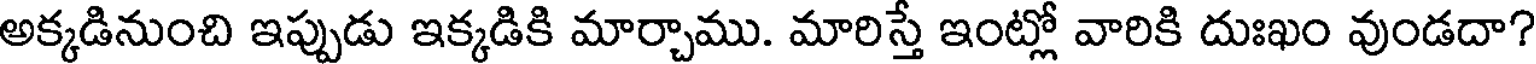
అక్కడినుంచి ఇప్పుడు ఇక్కడికి మార్చాము. మారిస్త ఇంట్లో వారికి దుఃఖం వుండదా?